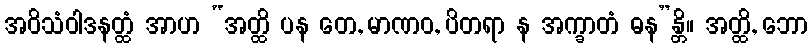
အဝိသံဝါဒနတ္ထံ အာဟ “အတ္ထိ ပန တေ, မာဏဝ, ပိတရာ န အက္ခာတံ ဓန”န္တိ။ အတ္ထိ, ဘော